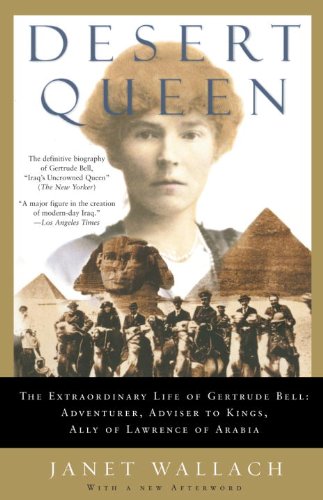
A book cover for Desert Queen: The Extraordinary Life of Gertrude Bell: Adventurer, Adviser to Kings, Ally of Lawrence of Arabia; Janet Wallach; Biographies & Memoirs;